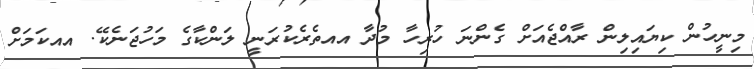
މިނީހުން ކިޔައިލިން ރާއްޖެއަށް ގެންނަ ހުރިހާ މުދާ އއތެރެކުރަނީ ލަންކާގެ މަހުޖަނެކޭ. އއކަމަށް